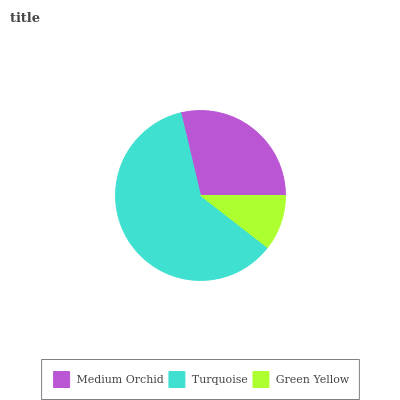
| Medium Orchid | Turquoise | Green Yellow |
 | --- | --- | --- |
 | 28.7% | 60.8% | 10.5% |